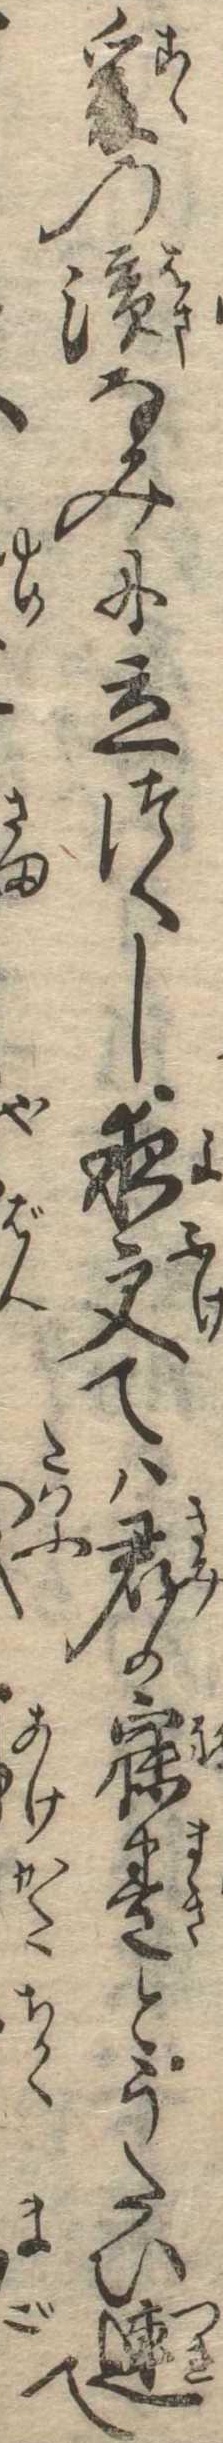
爰の浜なみに立つくし夜更ては君か寐巻とうたひ連て